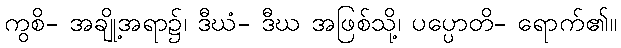
ကွစိ- အချို့အရာ၌၊ ဒီဃံ- ဒီဃ အဖြစ်သို့၊ ပပ္ပောတိ- ရောက်၏။